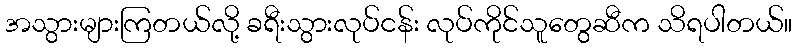
အသွားများကြတယ်လို့ ခရီးသွားလုပ်ငန်း လုပ်ကိုင်သူတွေဆီက သိရပါတယ်။